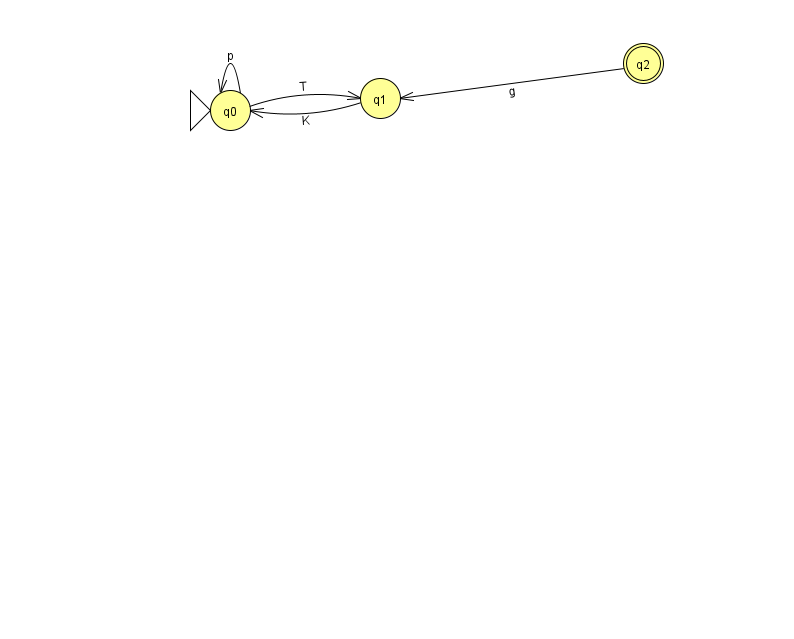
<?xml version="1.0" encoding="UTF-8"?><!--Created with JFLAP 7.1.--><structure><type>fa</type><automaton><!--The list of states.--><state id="0" name="q0"><x>230.0</x><y>97.0</y><initial/></state><state id="1" name="q1"><x>380.0</x><y>85.0</y></state><state id="2" name="q2"><x>643.0</x><y>50.0</y><final/></state><!--The list of transitions.--><transition><from>0</from><to>0</to><read>p</read></transition><transition><from>1</from><to>0</to><read>K</read></transition><transition><from>2</from><to>1</to><read>g</read></transition><transition><from>0</from><to>1</to><read>T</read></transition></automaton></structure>